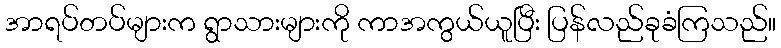
အာရပ်တပ်များက ရွာသားများကို ကာအကွယ်ယူပြီး ပြန်လည်ခုခံကြသည်။